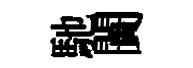
馳闠